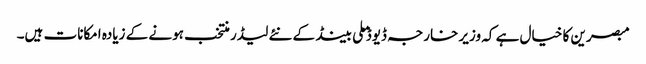
مبصرین کا خیال ہے کہ وزیر خارجہ ڈیوڈ ملی بینڈ کے نئے لیڈر منتخب ہونے کے زیادہ امکانات ہیں۔